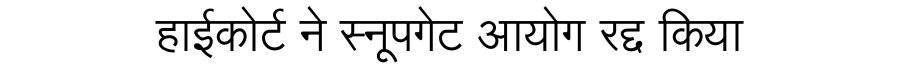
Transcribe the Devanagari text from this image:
हाईकोर्ट ने स्नूपगेट आयोग रद्द किया